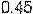
0.45